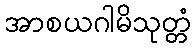
အာစယဂါမိသုတ္တံ